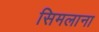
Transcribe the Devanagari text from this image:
सिमलाना